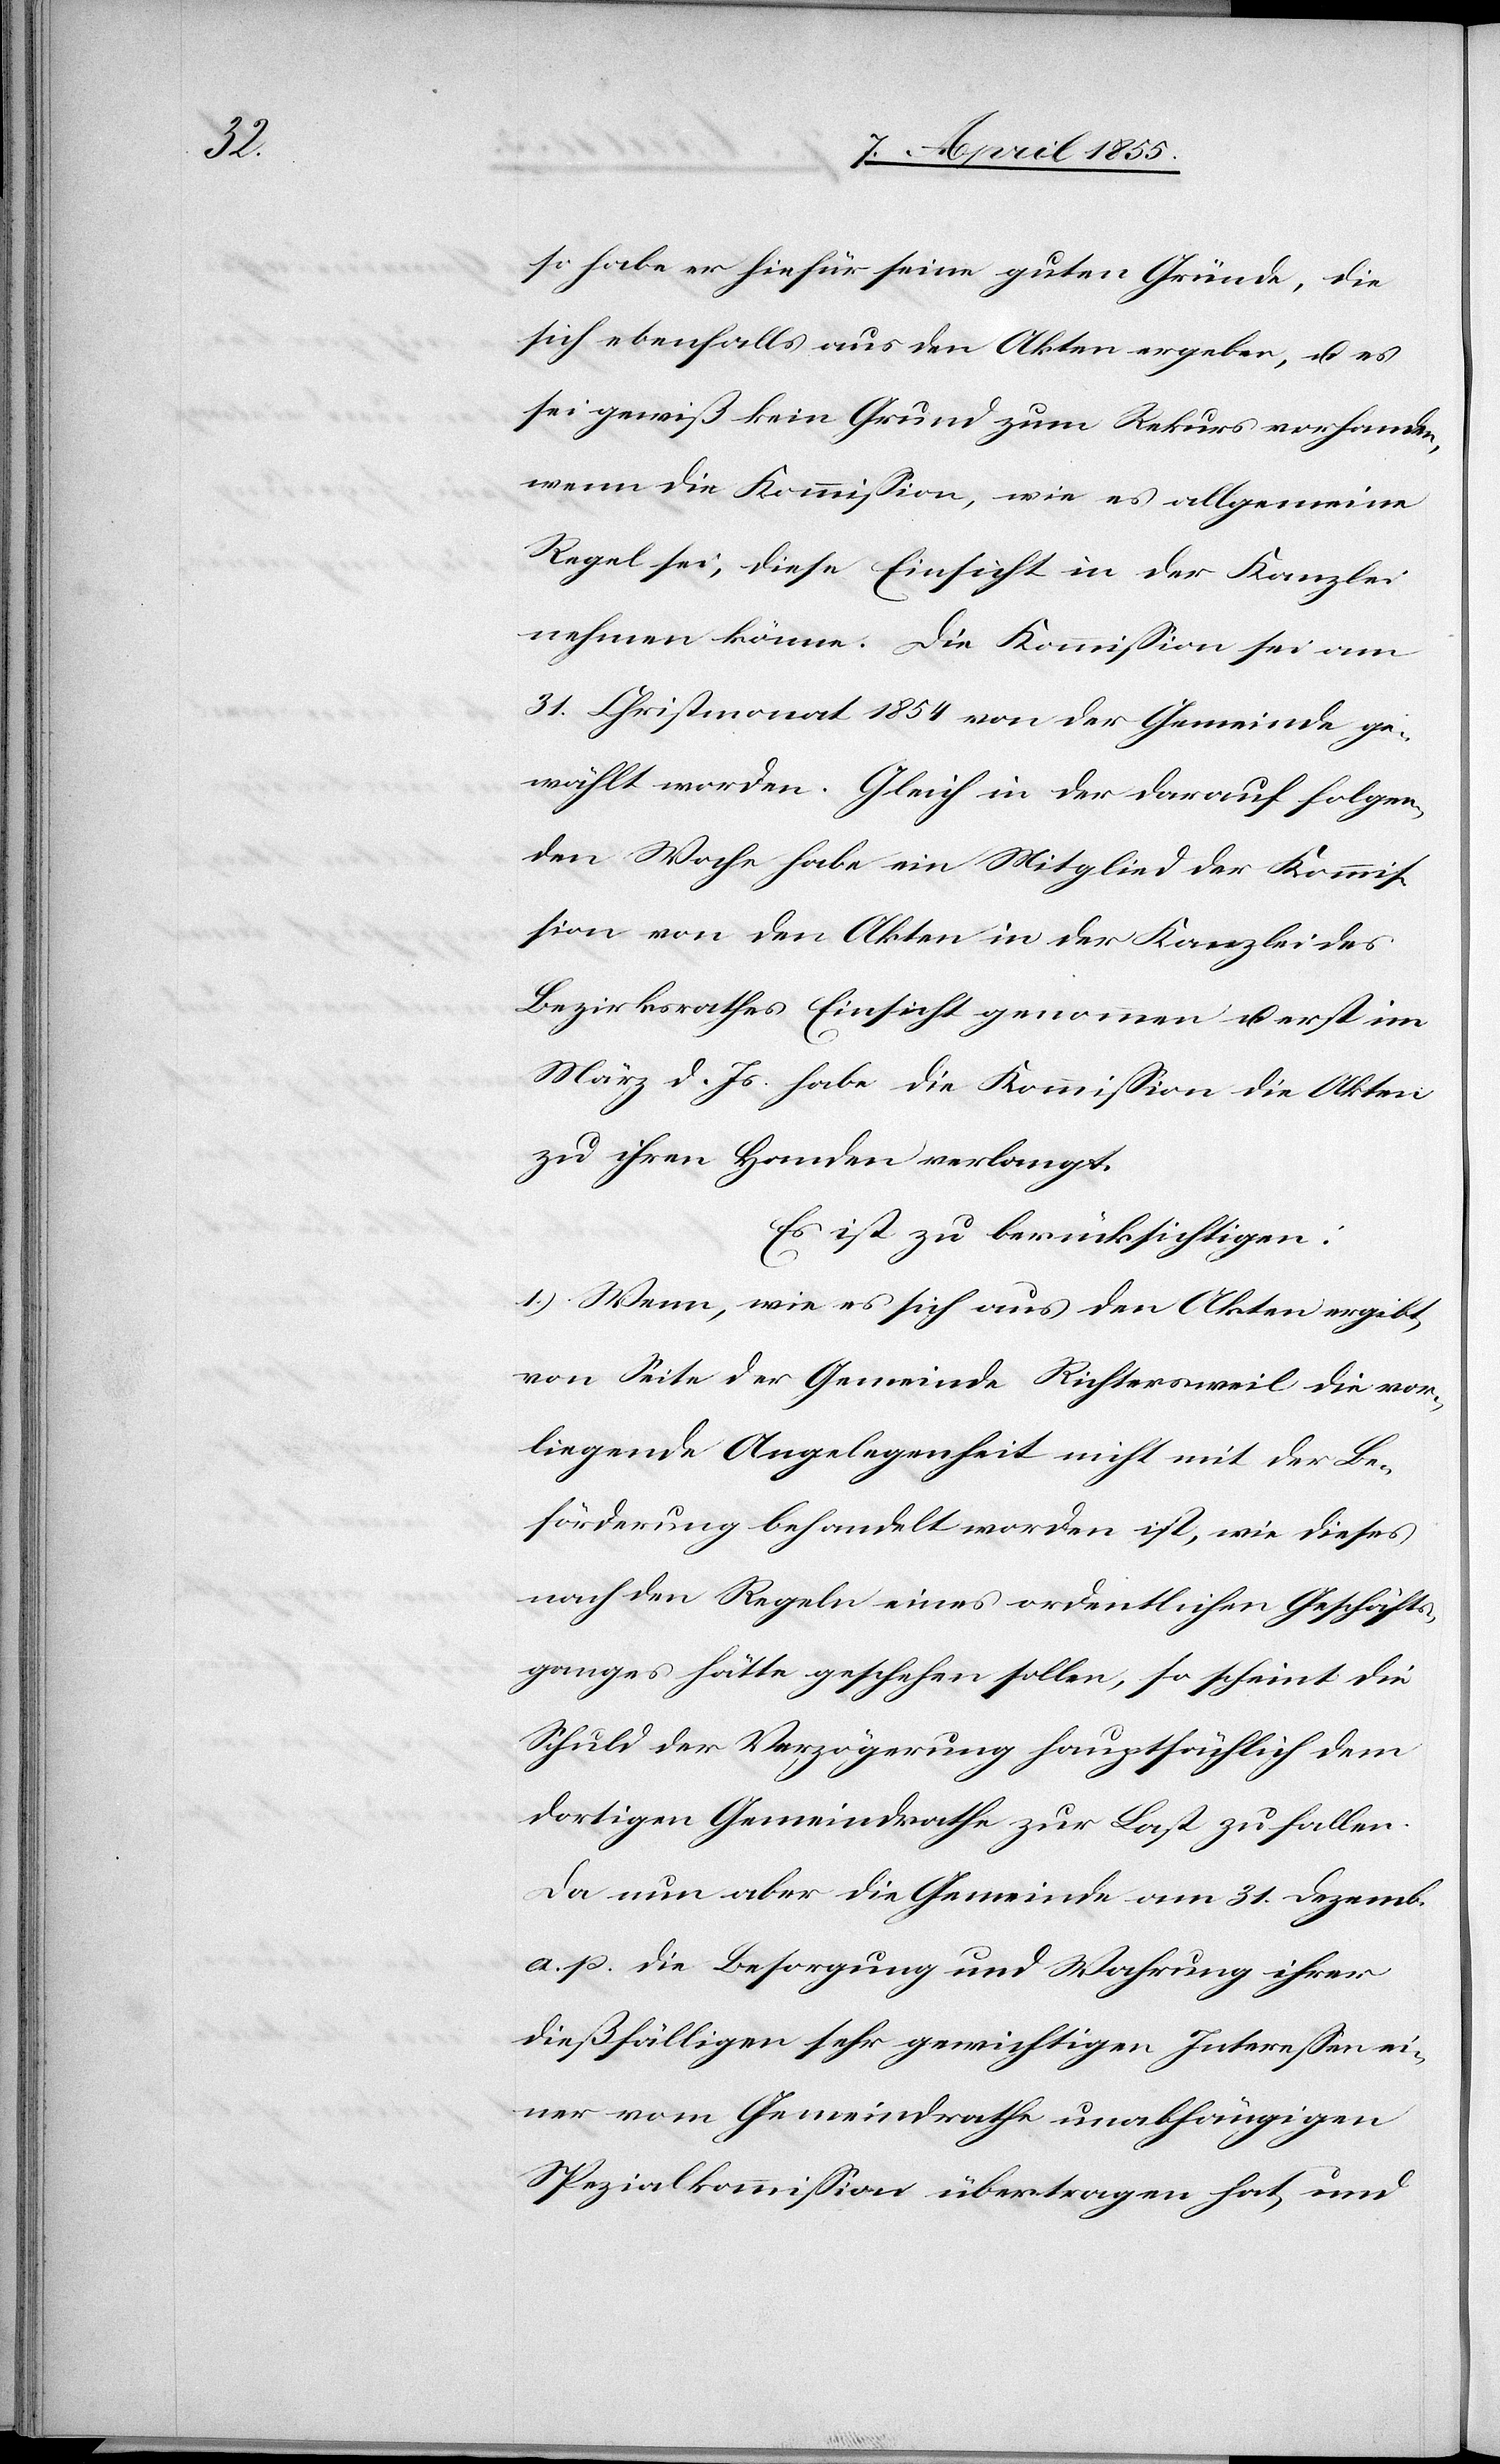
so habe er hiefür seine guten Gründe, die
sich ebenfalls aus den Akten ergeben, u. es
sei gewiß kein Grund zum Rekurs vorhanden,
wenn die Kommission, wie es allgemeine
Regel sei, diese Einsicht in der Kanzlei
nehmen könne. Die Kommission sei am
31. Christmonat 1854 von der Gemeinde ge¬
wählt worden. Gleich in der darauf folgen¬
den Woche habe ein Mitglied der Kommis¬
sion von den Akten in der Kanzlei des
Bezirksrathes Einsicht genommen u. erst im
März d. Js. habe die Kommission die Akten
zu ihren Handen verlangt.
Es ist zu berücksichtigen:
1.) Wenn, wie es sich aus den Akten ergibt,
von Seite der Gemeinde Richtersweil die vor¬
liegende Angelegenheit nicht mit der Be¬
förderung behandelt worden ist, wie dieses
nach den Regeln eines ordentlichen Geschäfts¬
ganges hätte geschehen sollen, so scheint die
Schuld der Verzögerung hauptsächlich dem
dortigen Gemeindrathe zur Last zu fallen.
Da nun aber die Gemeinde am 31. Dezemb.
a. p. die Besorgung und Wahrung ihrer
dießfälligen sehr gewichtigen Interessen ei¬
ner vom Gemeindrathe unabhängigen
Spezialkommission übertragen hat, und